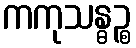
ကကုသန္ဓဉ္စ